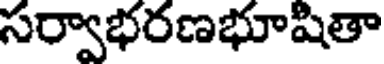
సర్వాభరణభూషితా